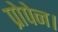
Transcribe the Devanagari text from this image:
प्रोपेन।